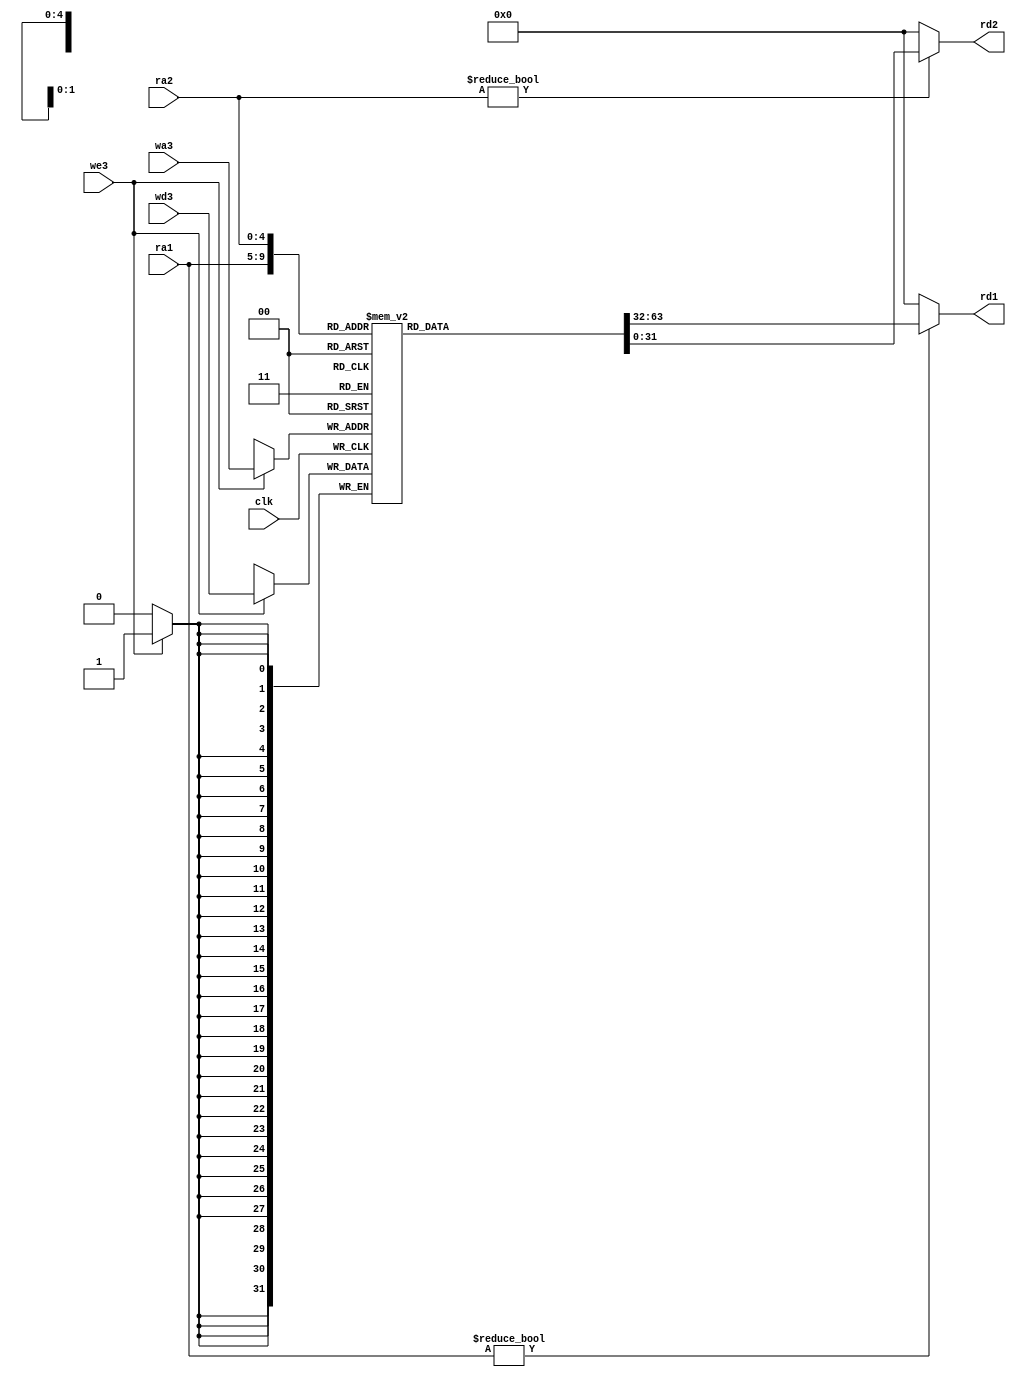
`timescale 1ns/1ns      


module regfile( input  clk,
                    input  we3,
                    input  [4:0] ra1, ra2, wa3,
                    input  [31:0] wd3,
                    output  [31:0] rd1, rd2);
     reg[31:0] rf[31:0];

    // three ported register file
    // read two ports combinationally
    // write third port on rising edge of clk
    // register 0 hardwired to 0
    // note: for pipelined processor, write third port
    // on falling edge of clk

    always @(posedge clk)
        if (we3) rf[wa3] <= wd3;
    assign rd1 = (ra1 != 0) ? rf[ra1] : 0;
    assign rd2 = (ra2 != 0) ? rf[ra2] : 0;
endmodule